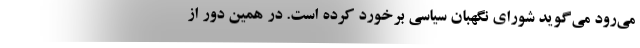
می‌رود می‌گوید شورای نگهبان سیاسی برخورد کرده است. در همین دور از